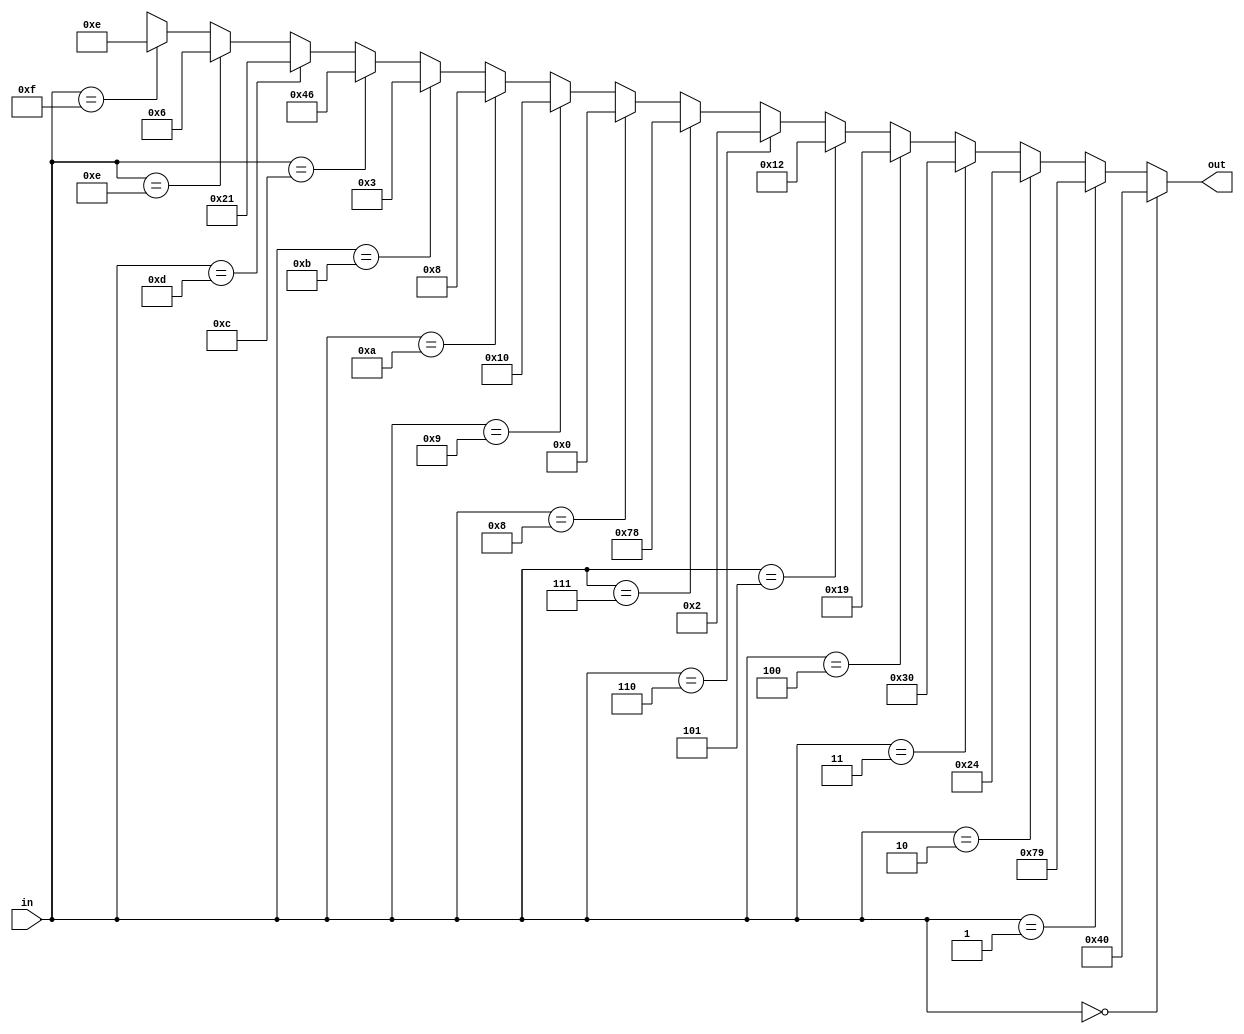
module Decoder_7seg (output wire [6:0] out, input [3:0] in );

assign out = (in == 4'h0) ? 7'b1000000 :
				 (in == 4'h1) ? 7'b1111001 :
				 (in == 4'h2) ? 7'b0100100 :
				 (in == 4'h3) ? 7'b0110000 :
				 (in == 4'h4) ? 7'b0011001 :
				 (in == 4'h5) ? 7'b0010010 :
				 (in == 4'h6) ? 7'b0000010 :
				 (in == 4'h7) ? 7'b1111000 :
				 (in == 4'h8) ? 7'b0000000 :
				 (in == 4'h9) ? 7'b0010000 :
				 (in == 4'hA) ? 7'b0001000 :
				 (in == 4'hB) ? 7'b0000011 :
				 (in == 4'hC) ? 7'b1000110 :
				 (in == 4'hD) ? 7'b0100001 :
				 (in == 4'hE) ? 7'b0000110 :
				 (in == 4'hF) ? 7'b0001110 :
				 8'bXXXX_XXXX;

endmodule